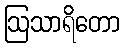
ဩသာရိတော